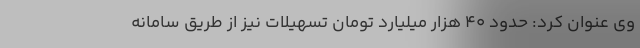
وی عنوان کرد: حدود ۴۰ هزار میلیارد تومان تسهیلات نیز از طریق سامانه